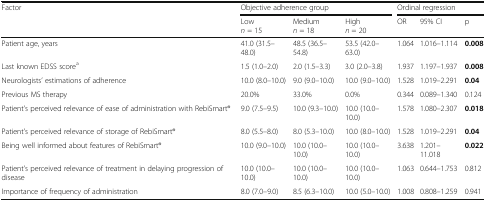
<table><thead><tr><td rowspan="2"><b>Factor</b></td><td colspan="3"><b>Objective adherence group</b></td><td colspan="3"><b>Ordinal regression</b></td></tr><tr><td><b>Low<i>n</i> = 15</b></td><td><b>Medium<i>n</i> = 18</b></td><td><b>High<i>n</i> = 20</b></td><td><b>OR</b></td><td><b>95% CI</b></td><td><b>p</b></td></tr></thead><tbody><tr><td>Patient age, years</td><td>41.0 (31.5–48.0)</td><td>48.5 (36.5–54.8)</td><td>53.5 (42.0–63.0)</td><td>1.064</td><td>1.016–1.114</td><td><b>0.008</b></td></tr><tr><td>Last known EDSS score<sup>a</sup></td><td>1.5 (1.0–2.0)</td><td>2.0 (1.5–3.3)</td><td>3.0 (2.0–3.8)</td><td>1.937</td><td>1.197–1.937</td><td><b>0.008</b></td></tr><tr><td>Neurologists’ estimations of adherence</td><td>10.0 (8.0–10.0)</td><td>9.0 (9.0–10.0)</td><td>10.0 (9.0–10.0)</td><td>1.528</td><td>1.019–2.291</td><td><b>0.04</b></td></tr><tr><td>Previous MS therapy</td><td>20.0%</td><td>33.0%</td><td>0.0%</td><td>0.344</td><td>0.089–1.340</td><td>0.124</td></tr><tr><td>Patient’s perceived relevance of ease of administration with RebiSmart®</td><td>9.0 (7.5–9.5)</td><td>10.0 (9.3–10.0)</td><td>10.0 (10.0–10.0)</td><td>1.578</td><td>1.080–2.307</td><td><b>0.018</b></td></tr><tr><td>Patient’s perceived relevance of storage of RebiSmart®</td><td>8.0 (5.5–8.0)</td><td>8.0 (5.3–10.0)</td><td>10.0 (8.0–10.0)</td><td>1.528</td><td>1.019–2.291</td><td><b>0.04</b></td></tr><tr><td>Being well informed about features of RebiSmart®</td><td>10.0 (9.0–10.0)</td><td>10.0 (10.0–10.0)</td><td>10.0 (10.0–10.0)</td><td>3.638</td><td>1.201–11.018</td><td><b>0.022</b></td></tr><tr><td>Patient’s perceived relevance of treatment in delaying progression of disease</td><td>10.0 (10.0–10.0)</td><td>10.0 (10.0–10.0)</td><td>10.0 (10.0–10.0)</td><td>1.063</td><td>0.644–1.753</td><td>0.812</td></tr><tr><td>Importance of frequency of administration</td><td>8.0 (7.0–9.0)</td><td>8.5 (6.3–10.0)</td><td>10.0 (5.0–10.0)</td><td>1.008</td><td>0.808–1.259</td><td>0.941</td></tr></tbody></table>